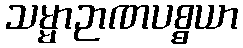
သမ္မာဉာဏပစ္စယာ